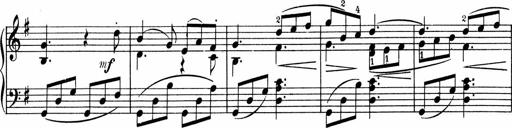
Title: 3 Sonatinen fÃ¼r Pianoforte
Composer: Fritz von Bose